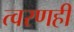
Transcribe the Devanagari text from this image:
त्वरणही